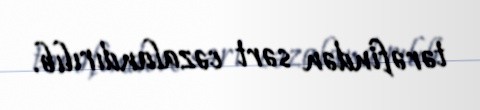
tərəfindən sərt cəzalandırılıb.